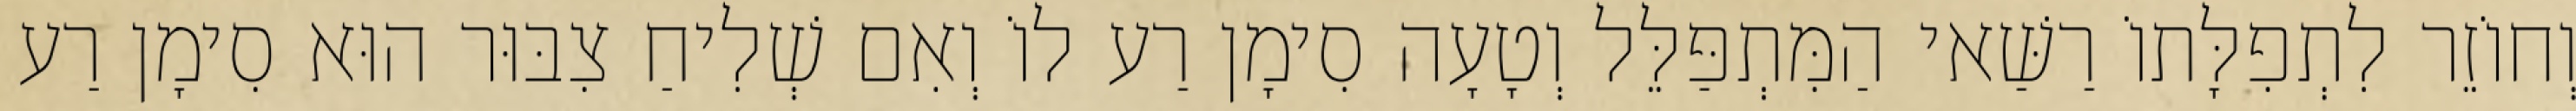
וְחוֹזֵר לִתְפִלָּתוֹ רַשַּׁאי הַמִּתְפַּלֵּל וְטָעָה סִימָן רַע לוֹ וְאִם שְׁלִיחַ צִבּוּר הוּא סִימָן רַע